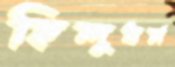
হিন্দুধর্ম